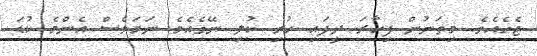
ޖެހެެއެވެ. މިތަނުން ފިހާރަ ދީފައި ހުރި ކުލި ނޭގެއެވެ ނަމަވެސް އެންމެ ކުޑަ